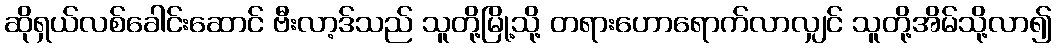
ဆိုရှယ်လစ်ခေါင်းဆောင် ဗီးလာ့ဒ်သည် သူတို့မြို့သို့ တရားဟောရောက်လာလျှင် သူတို့အိမ်သို့လာ၍